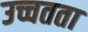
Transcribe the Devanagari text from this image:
उच्चतता